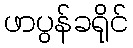
ဖာပွန်ခရိုင်